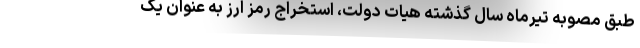
طبق مصوبه تیرماه سال گذشته هیات دولت، استخراج رمز ارز به عنوان یک